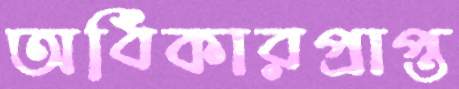
অধিকারপ্রাপ্ত